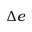
\Delta e